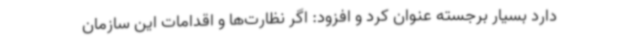
دارد بسیار برجسته عنوان کرد و افزود: اگر نظارت‌ها و اقدامات این سازمان